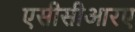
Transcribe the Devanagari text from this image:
एसीसीआरए